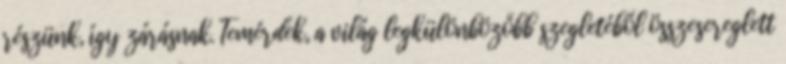
részünk, így zárásnak. Temérdek, a világ legkülönbözőbb szegletéből összesereglett